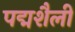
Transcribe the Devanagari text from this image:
पद्मशैली